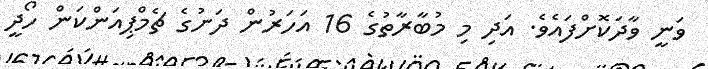
ވަނީ ވާދަކޮށްފައެވެ. އަދި މި މުބާރާތުގެ 16 އަހަރުން ދަށުގެ ޗެމްޕިއަންކަން ހޯދީ